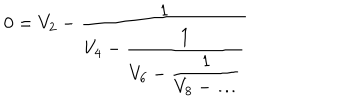
0 = V _ { 2 } - \frac { 1 } { \displaystyle V _ { 4 } - \frac { 1 } { \displaystyle V _ { 6 } - \frac { 1 } { \displaystyle V _ { 8 } - \ldots } } }